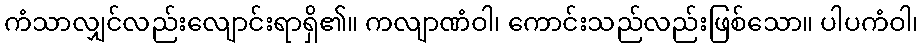
ကံသာလျှင်လည်းလျောင်းရာရှိ၏။ ကလျာဏံဝါ၊ ကောင်းသည်လည်းဖြစ်သော။ ပါပကံဝါ၊